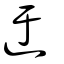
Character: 迂